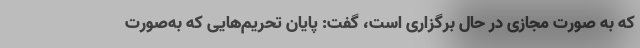
که به صورت مجازی در حال برگزاری است، گفت: پایان تحریم‌هایی که به‌صورت